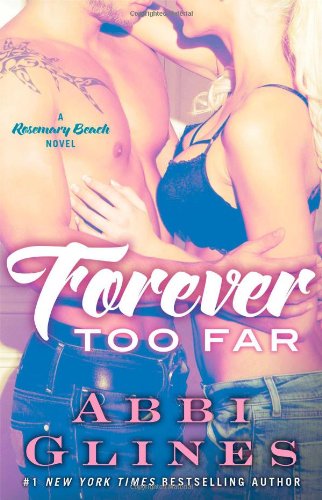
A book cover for Forever Too Far: A Rosemary Beach Novel (The Rosemary Beach Series); Abbi Glines; Romance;